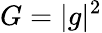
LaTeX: G=|g|^{2}